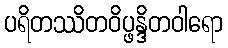
ပရိတဿိတဝိပ္ဖန္ဒိတဝါရော